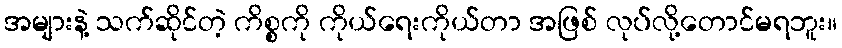
အများနဲ့ သက်ဆိုင်တဲ့ ကိစ္စကို ကိုယ်ရေးကိုယ်တာ အဖြစ် လုပ်လို့တောင်မရဘူး။